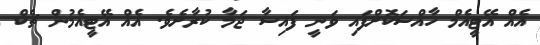
އެއް އޭޓީއެމް ހާއްސަކޮށްފައި ވަނީ ފައިސާ ޖަމާ ކުރާށެވެ. އެއް އޭޓީއެމުން ޗެކް